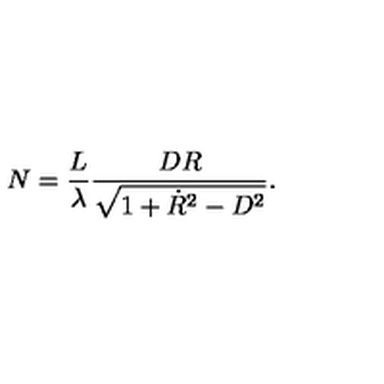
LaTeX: N = \frac { L } { \lambda } \frac { D R } { \sqrt { 1 + \dot { R } ^ { 2 } - D ^ { 2 } } } .